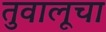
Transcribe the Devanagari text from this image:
तुवालूचा